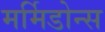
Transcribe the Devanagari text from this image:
मर्मिडोन्स